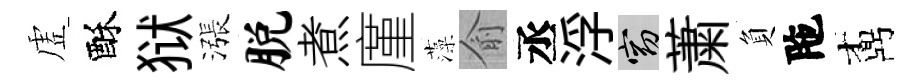
虗酥狱漲脱煮廑藻俞丞浮窈䔥負陁鼒